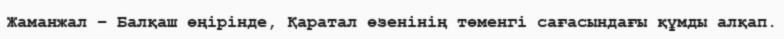
Жаманжал – Балқаш өңірінде, Қаратал өзенінің төменгі сағасындағы құмды алқап.